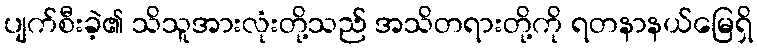
ပျက်စီးခဲ့၏ သိသူအားလုံးတို့သည် အသိတရားတို့ကို ရတနာနယ်မြေရှိ